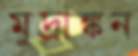
মুদ্রাঙ্কন